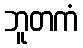
ဘူတကံ